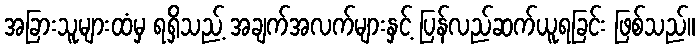
အခြားသူများထံမှ ရရှိသည့် အချက်အလက်များနှင့် ပြန်လည်ဆက်ယူရခြင်း ဖြစ်သည်။